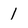
Character: 1